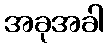
အခုအခါ